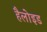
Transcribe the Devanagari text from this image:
हैलोइड